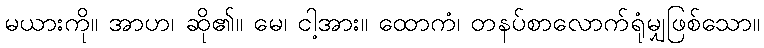
မယားကို။ အာဟ၊ ဆို၏။ မေ၊ ငါ့အား။ ထောကံ၊ တနပ်စာလောက်ရုံမျှဖြစ်သော။